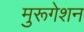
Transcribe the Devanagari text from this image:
मुरूगेशन